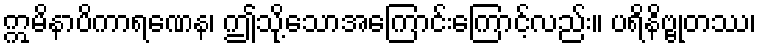
ဣမိနာပိကာရဏေန၊ ဤသို့သောအကြောင်းကြောင့်လည်း။ ပရိနိဗ္ဗုတဿ၊